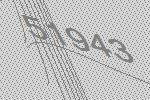
51943